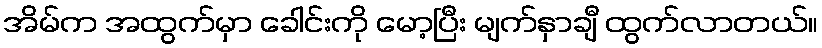
အိမ်က အထွက်မှာ ခေါင်းကို မော့ပြီး မျက်နှာချီ ထွက်လာတယ်။